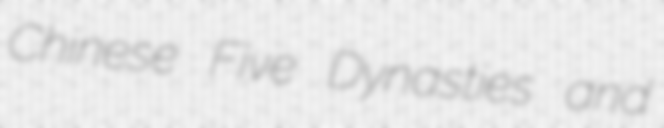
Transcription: Chinese Five Dynasties and